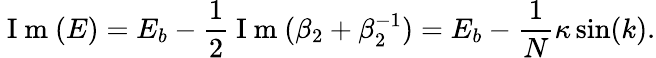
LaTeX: \mathrm{~I~m~}(E)=E_{b}-\frac{1}{2}\mathrm{~I~m~}(\beta_{2}+\beta_{2}^{-1})=E_{b}-\frac{1}{N}\kappa\sin(k).